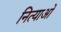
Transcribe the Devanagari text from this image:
नित्याओं